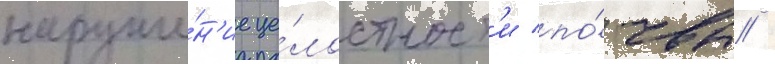
наруше́н'ие це́лостност'и по́чвы /